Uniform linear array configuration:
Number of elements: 4
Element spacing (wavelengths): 0.25
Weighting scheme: exponential
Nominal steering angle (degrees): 45
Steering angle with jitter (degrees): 45.123
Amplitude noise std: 0.05
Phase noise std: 0.05

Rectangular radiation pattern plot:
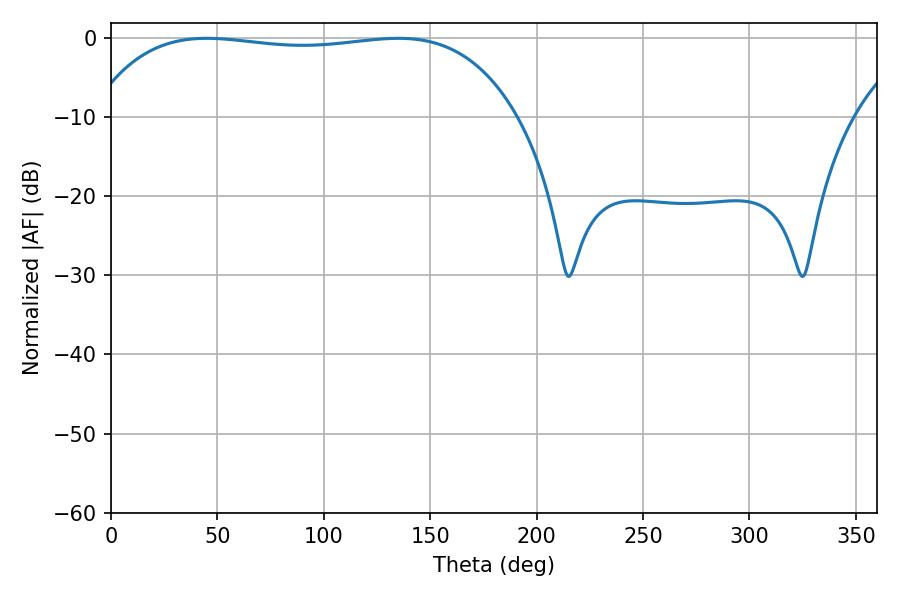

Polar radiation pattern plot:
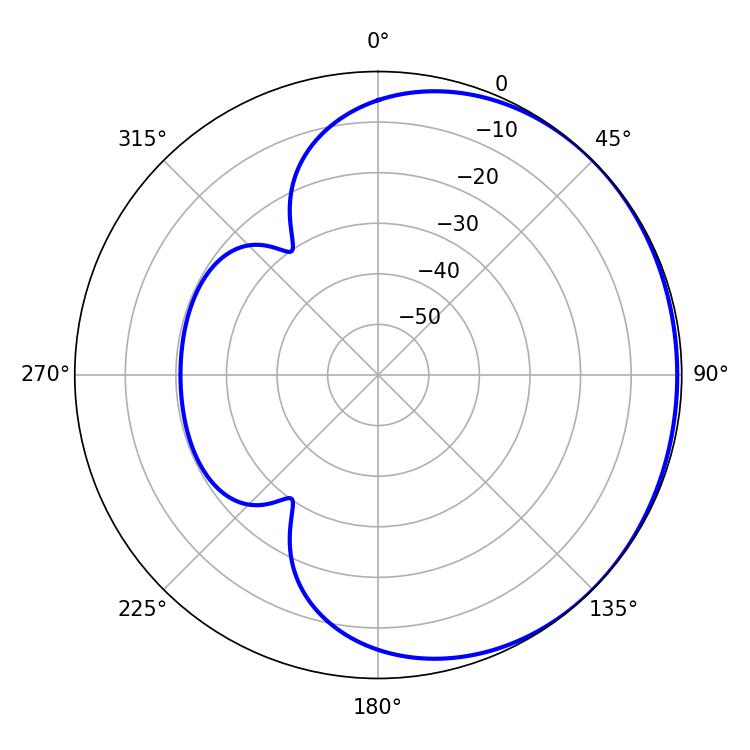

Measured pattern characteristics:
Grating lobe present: FALSE
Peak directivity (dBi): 0.6013
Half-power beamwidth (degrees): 159.48
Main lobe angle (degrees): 45